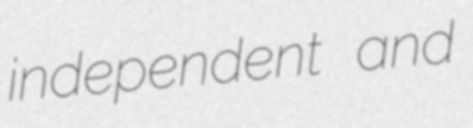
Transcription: independent and